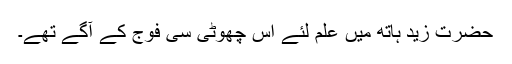
حضرت زیدؓ ہاتھ میں علم لئے اس چھوٹی سی فوج کے آگے تھے۔